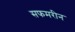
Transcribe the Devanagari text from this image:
सफमरीन